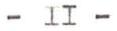
- II -